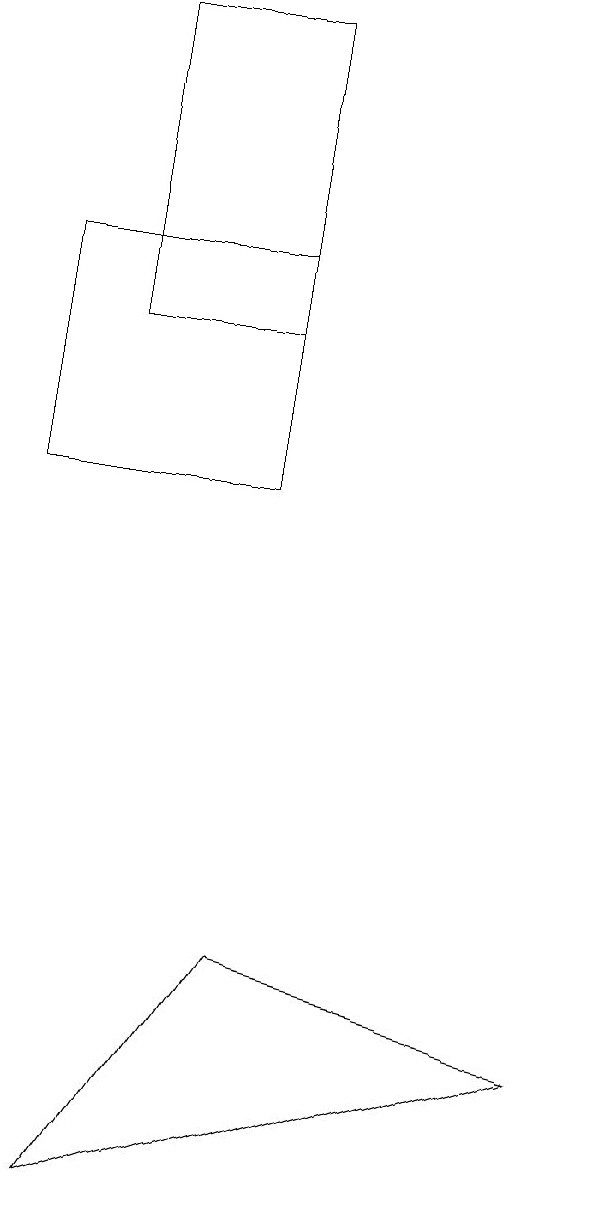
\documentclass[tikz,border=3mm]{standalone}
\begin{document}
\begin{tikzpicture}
\draw (9,4) -- (3,2) -- (5,5) -- cycle;
\draw (5,17) rectangle (3,13);
\draw (2,11) rectangle (5,14);
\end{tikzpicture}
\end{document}